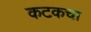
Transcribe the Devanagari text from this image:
कटकचा